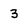
Character: 3